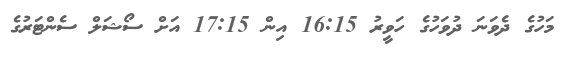
މަހުގެ ދެވަނަ ދުވަހުގެ ހަވީރު 16:15 އިން 17:15 އަށް ސޯޝަލް ސެންޓަރުގެ